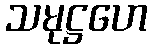
သမုဋ္ဌဟေ